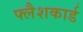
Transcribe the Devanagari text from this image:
फ्लैशकार्ड